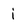
Character: i